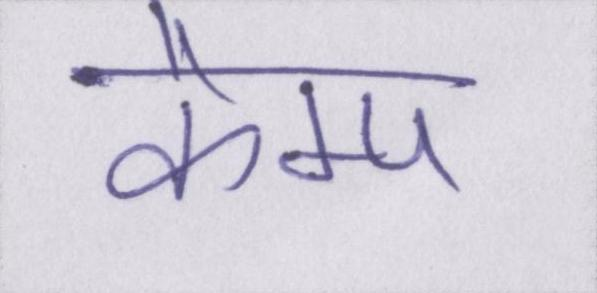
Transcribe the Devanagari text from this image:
कैम्प